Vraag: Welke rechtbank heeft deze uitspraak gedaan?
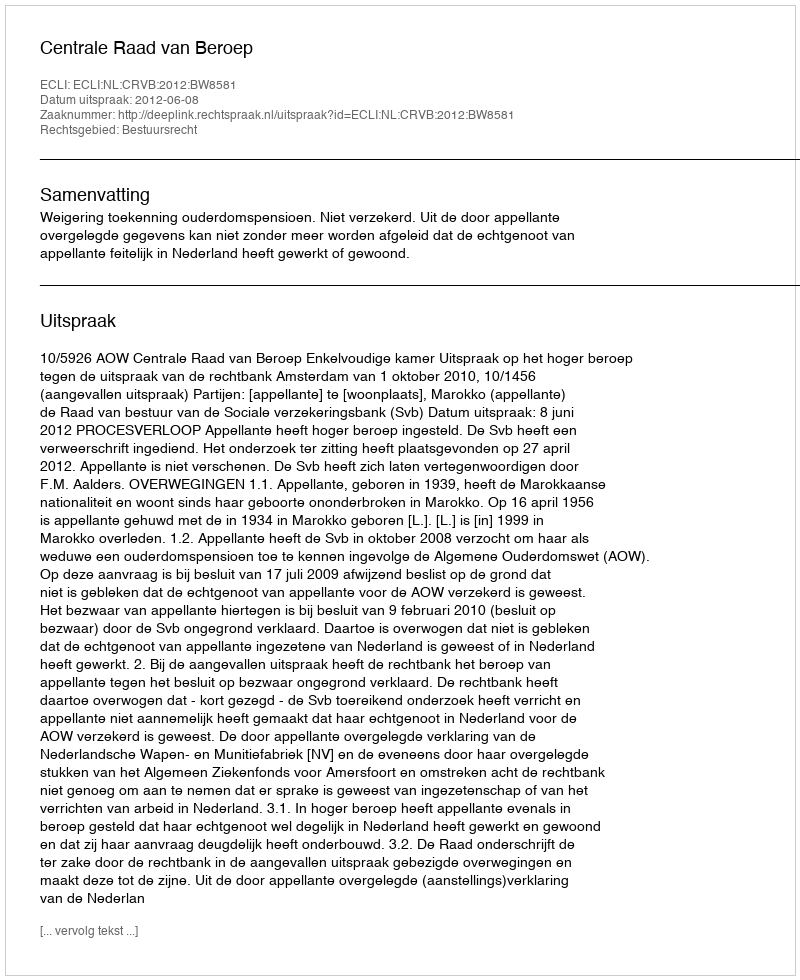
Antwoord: Centrale Raad van Beroep